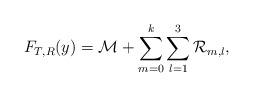
LaTeX: \begin{align*}F_{T,R}(y) = \mathcal{M} + \sum_{m=0}^k \sum_{l=1}^3 \mathcal{R}_{m,l},\end{align*}